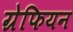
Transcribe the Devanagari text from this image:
ग्रेफियन